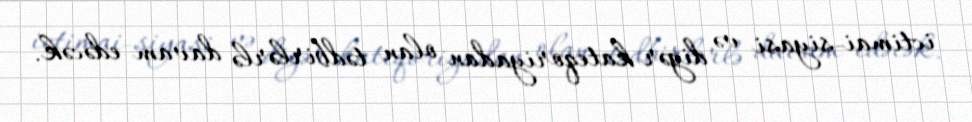
ictimai-siyasi və digər kateqoriyadan olan tədbirlərlə davam edəcək.